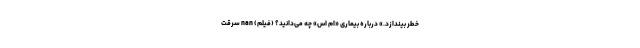
خطر بیندازد.» درباره بیماری «ام اس» چه می‌دانید؟ (فیلم) nan سرقت